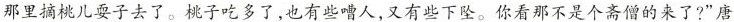
那里摘桃儿耍子去了。桃子吃多了，也有些嘈人，又有些下坠。你看那不是个高僧的来了?”唐